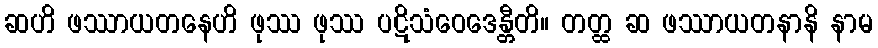
ဆဟိ ဖဿာယတနေဟိ ဖုဿ ဖုဿ ပဋိသံဝေဒေန္တီတိ။ တတ္ထ ဆ ဖဿာယတနာနိ နာမ